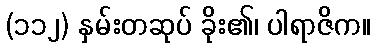
(၁၁၂) နှမ်းတဆုပ် ခိုး၏၊ ပါရာဇိက။